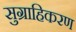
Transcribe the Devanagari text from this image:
सुग्राहिकरण